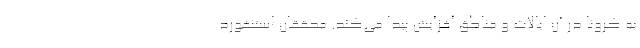
به کرونا در آن ایالات و مناطق افزایش پیدا می‌کند. محققان استنفورد